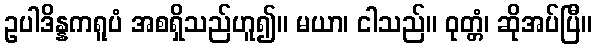
ဥပါဒိန္နကရူပံ အစရှိသည်ဟူ၍။ မယာ၊ ငါသည်။ ဝုတ္တံ၊ ဆိုအပ်ပြီ။